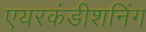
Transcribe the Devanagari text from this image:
एयरकंडीशनिंग